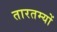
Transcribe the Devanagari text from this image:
तारतम्यों